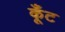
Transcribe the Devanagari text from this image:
कूँट